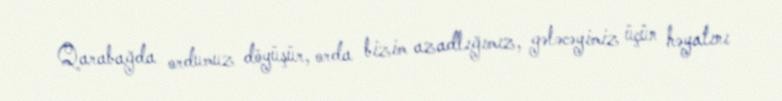
Qarabağda ordumuz döyüşür, orda bizim azadlığımız, gələcəyimiz üçün həyatını